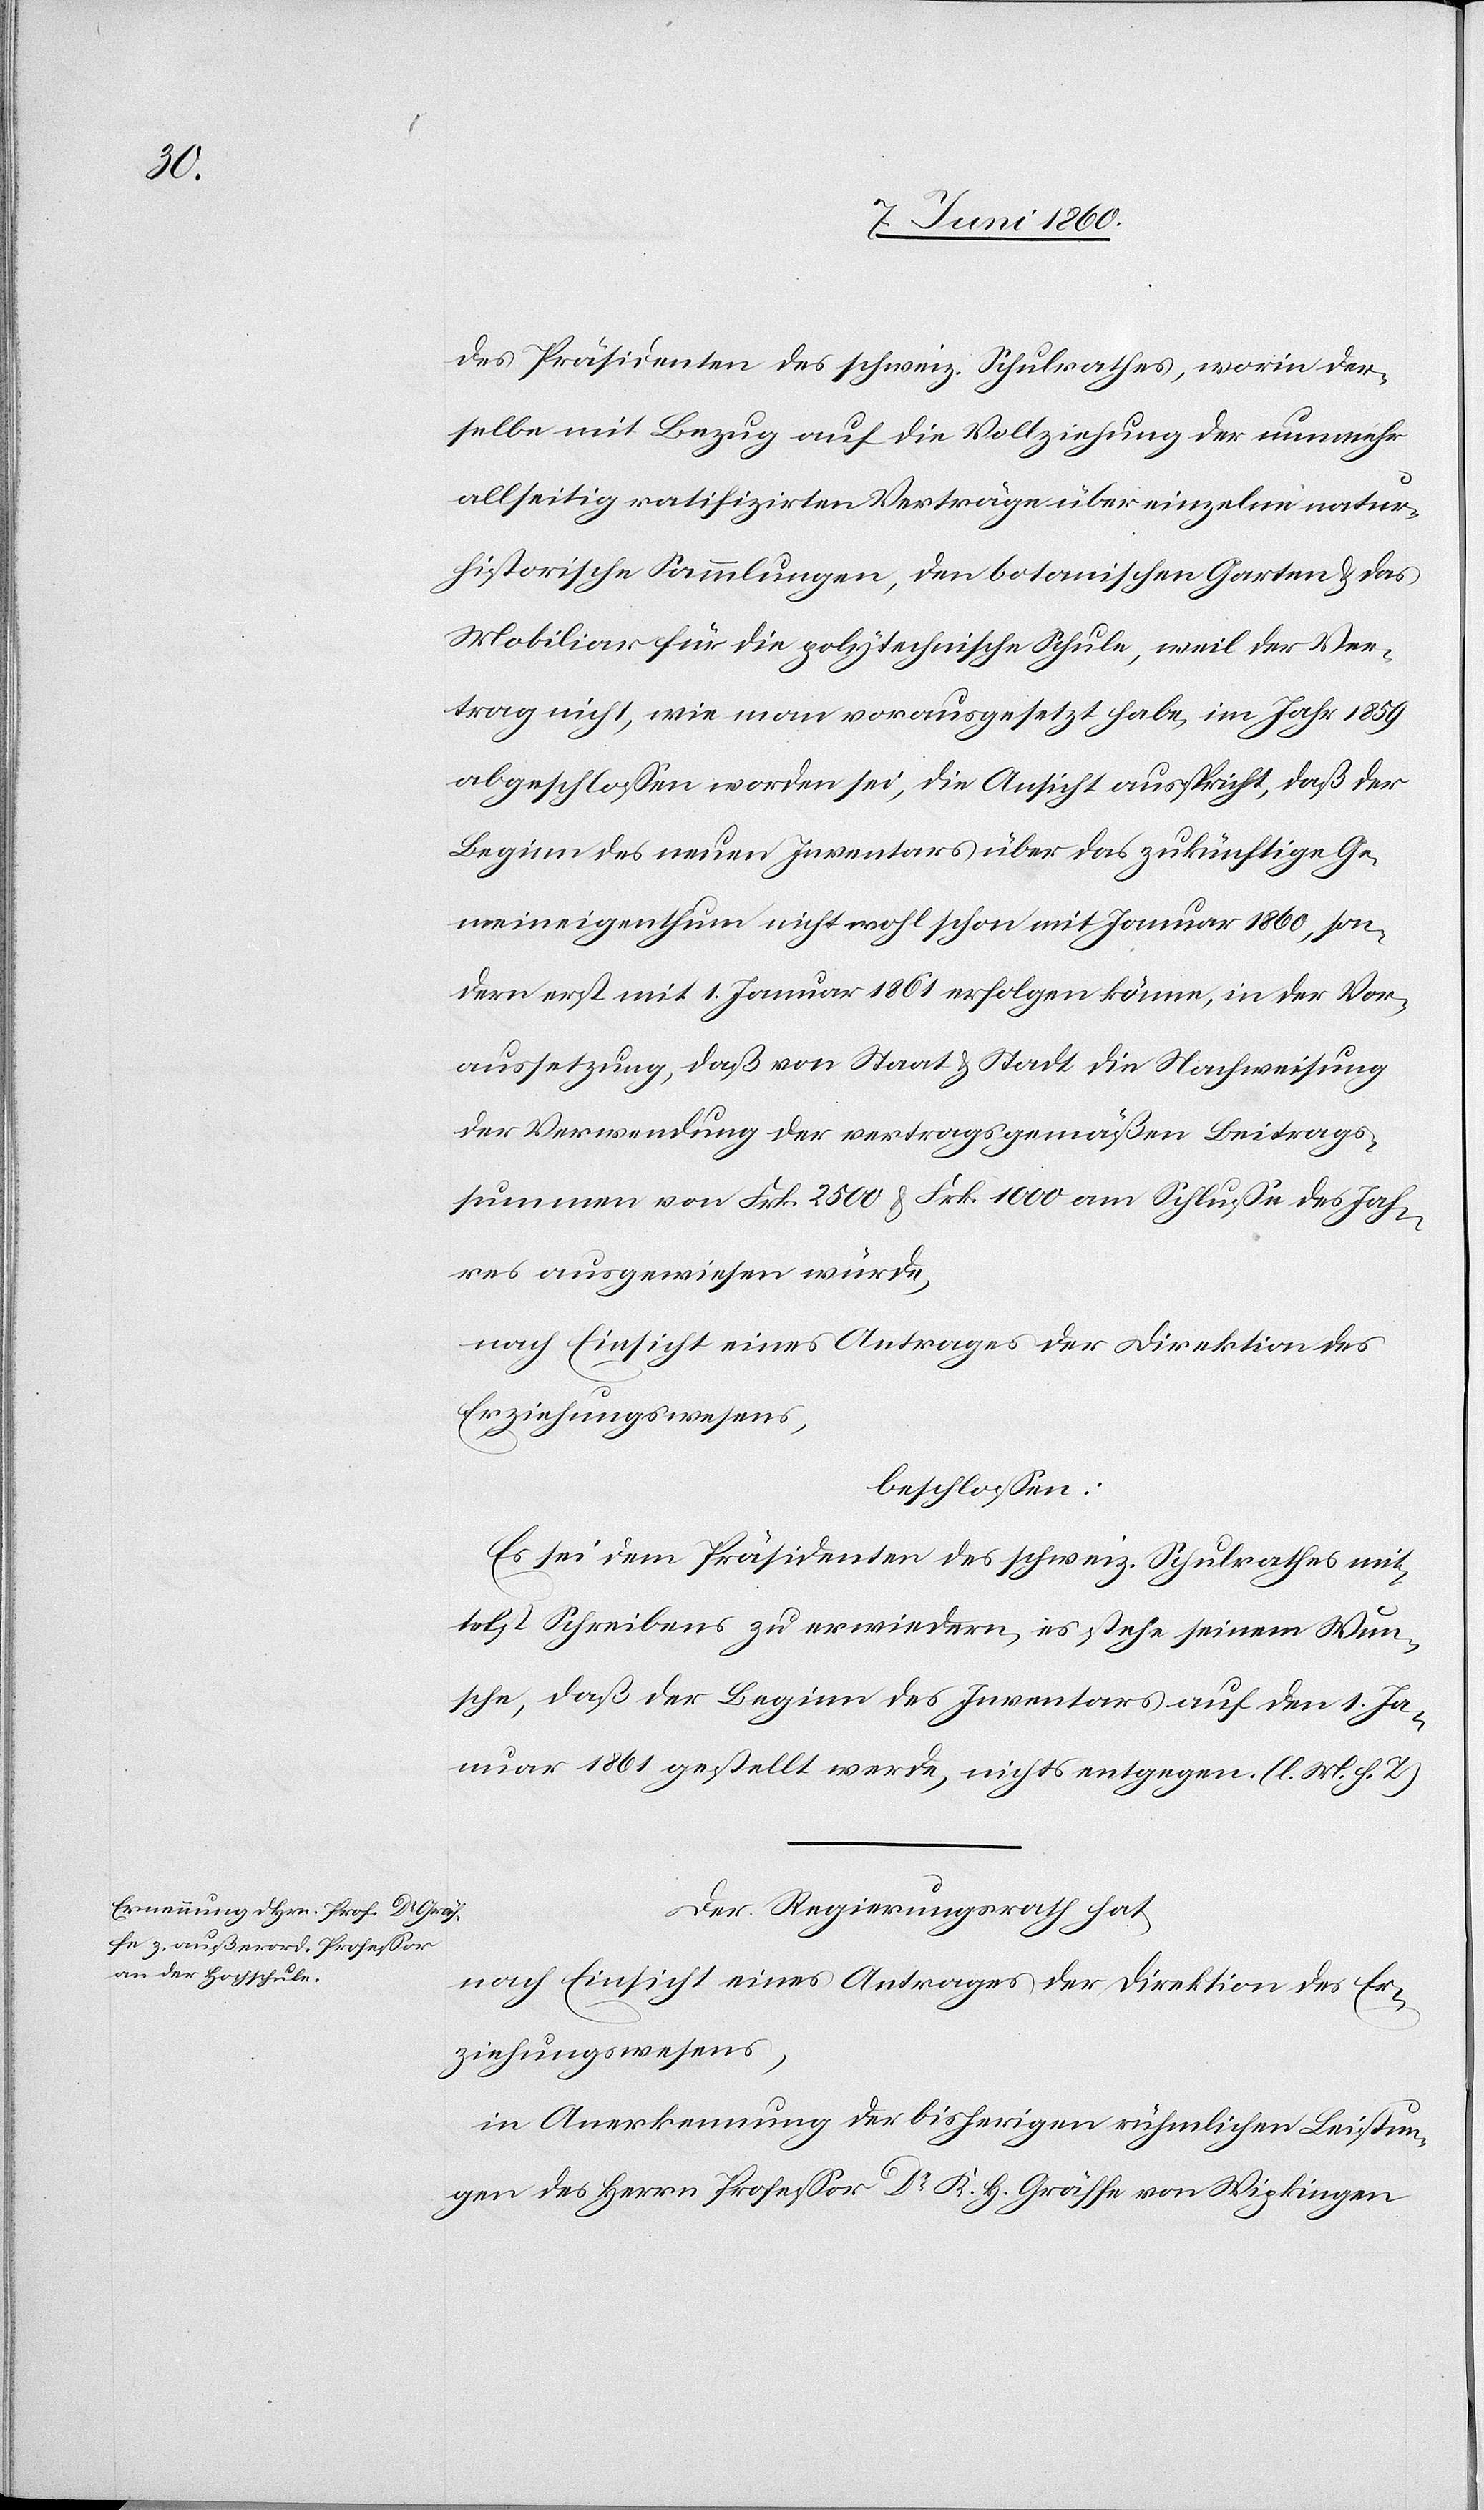
des Präsidenten des schweiz. Schulrathes, worin der¬
selbe mit Bezug auf die Vollziehung der nunmehr
allseitig ratifizirten Verträge über einzelne natur¬
historische Sammlungen, den botanischen Garten & das
Mobiliar für die polytechnische Schule, weil der Bei¬
trag nicht, wie man vorausgesetzt habe, im Jahre 1859
abgeschlossen worden sei, die Ansicht ausspricht, daß der
Beginn des neuen Inventars über das zukünftige Ge¬
meineigenthum nicht wohl schon mit Januar 1860, son¬
dern erst mit 1. Januar 1861 erfolgen könne, in der Vor¬
aussetzung, daß von Staat & Stadt die Nachweisung
der Verwendung der vertragsgemäßen Beitrags¬
summen von Frk. 2500 & Frk. 1000 am Schlusse des Jah¬
res ausgewiesen würde,
nach Einsicht eines Antrages der Direktion des
Erziehungswesens,
beschlossen:
Es sei dem Präsidenten des schweiz. Schulrathes mit¬
telst Schreibens zu erwiedern, es stehe seinem Wun¬
sche, daß der Beginn des Inventars auf den 1. Ja¬
nuar 1861 gestellt werde, nichts entgegen. (l. M. h. T).
Der Regierungsrath hat,
in Anerkennung der bisherigen rühmlichen Leistun¬
gen des Herrn Professor Dr. K. H. Gräffe von Wipkingen